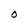
Character: O